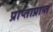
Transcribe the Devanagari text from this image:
प्राप्ताप्राप्त